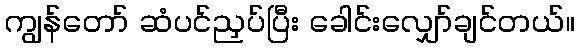
ကျွန်တော် ဆံပင်ညှပ်ပြီး ခေါင်းလျှော်ချင်တယ်။